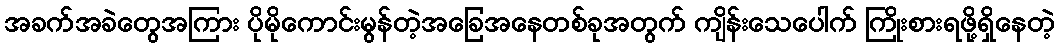
အခက်အခဲတွေအကြား ပိုမိုကောင်းမွန်တဲ့အခြေအနေတစ်ခုအတွက် ကျိန်းသေပေါက် ကြိုးစားရဖို့ရှိနေတဲ့